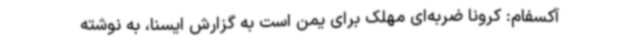
آکسفام: کرونا ضربه‌ای مهلک برای یمن است به گزارش ایسنا، به نوشته